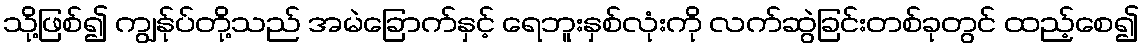
သို့ဖြစ်၍ ကျွန်ုပ်တို့သည် အမဲခြောက်နှင့် ရေဘူးနှစ်လုံးကို လက်ဆွဲခြင်းတစ်ခုတွင် ထည့်စေ၍